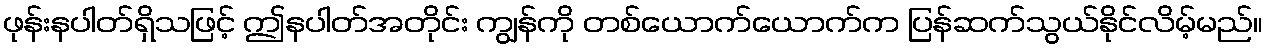
ဖုန်းနပါတ်ရှိသဖြင့် ဤနပါတ်အတိုင်း ကျွန်ကို တစ်ယောက်ယောက်က ပြန်ဆက်သွယ်နိုင်လိမ့်မည်။